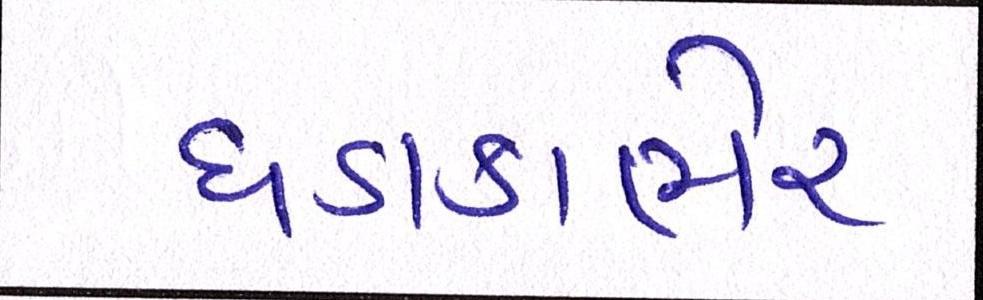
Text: ધડાકાભેર